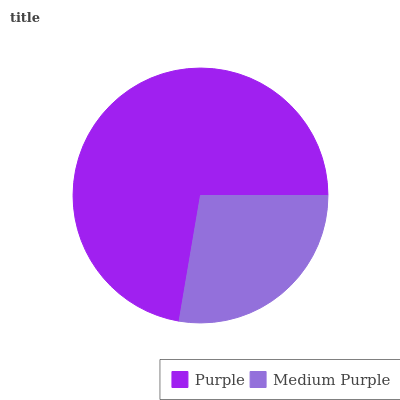
| Purple | Medium Purple |
 | --- | --- |
 | 72.3% | 27.7% |